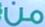
من